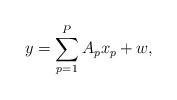
LaTeX: \begin{align*}y = \sum_{p=1}^P A_p x_p + w, \end{align*}